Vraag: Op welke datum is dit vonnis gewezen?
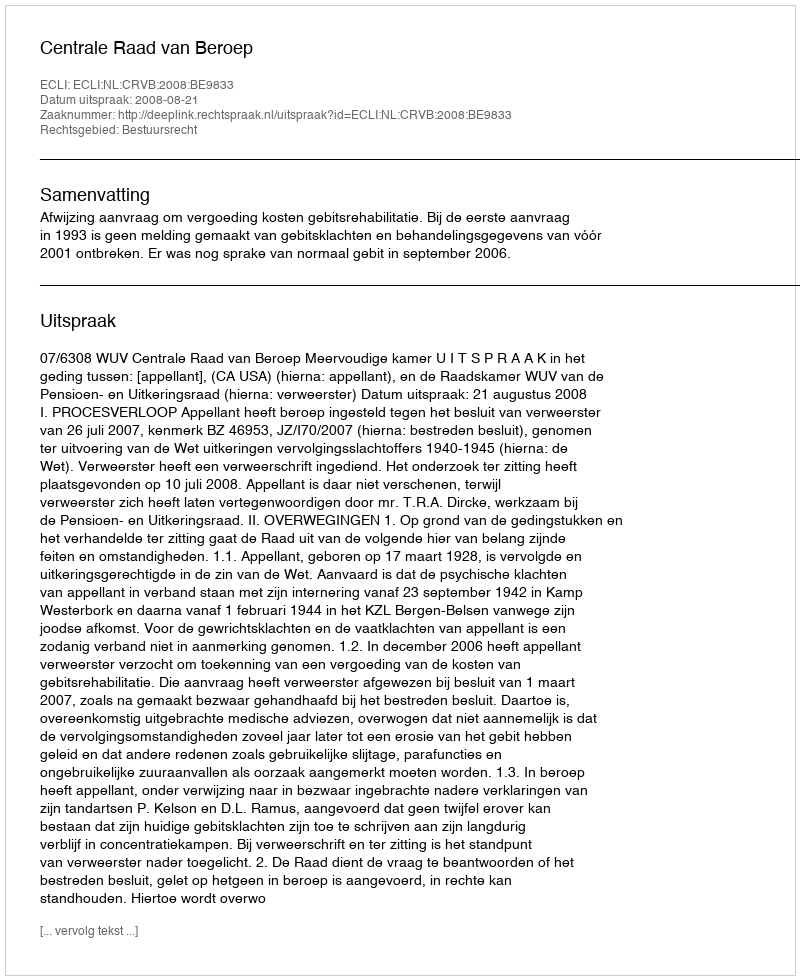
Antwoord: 2008-08-21